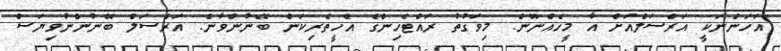
"އަހަންނަކީ އަރްސަލްއަށް އާ މީހެއްނޫން. މިވަގުތު ރައްޓެހިންގެ އެހީތެރިކަން ބޭނުންވާނެ. އަރްސަލް ބޭނުންނުވިޔަސް